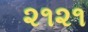
૨૧૨૧